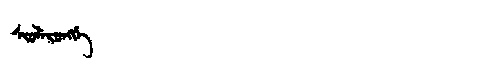
Manchu: ᠰᡳᠣᠯᡝᡵᠣᠩᡤᡝ
Romanization: SIOLERONGGE